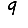
Digit: 9